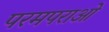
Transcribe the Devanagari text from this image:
परमपराओ